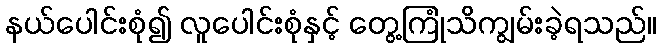
နယ်ပေါင်းစုံ၍ လူပေါင်းစုံနှင့် တွေ့ကြုံသိကျွမ်းခဲ့ရသည်။